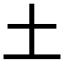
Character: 土